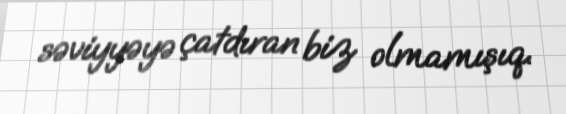
səviyyəyə çatdıran biz olmamışıq.